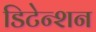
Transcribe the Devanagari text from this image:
डिटेन्शन